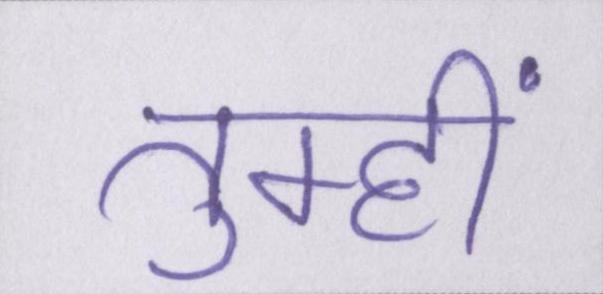
तुम्हीं